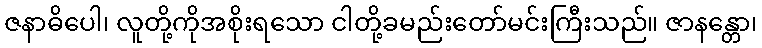
ဇနာဓိပေါ၊ လူတို့ကိုအစိုးရသော ငါတို့ခမည်းတော်မင်းကြီးသည်။ ဇာနန္တော၊